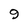
Character: 3